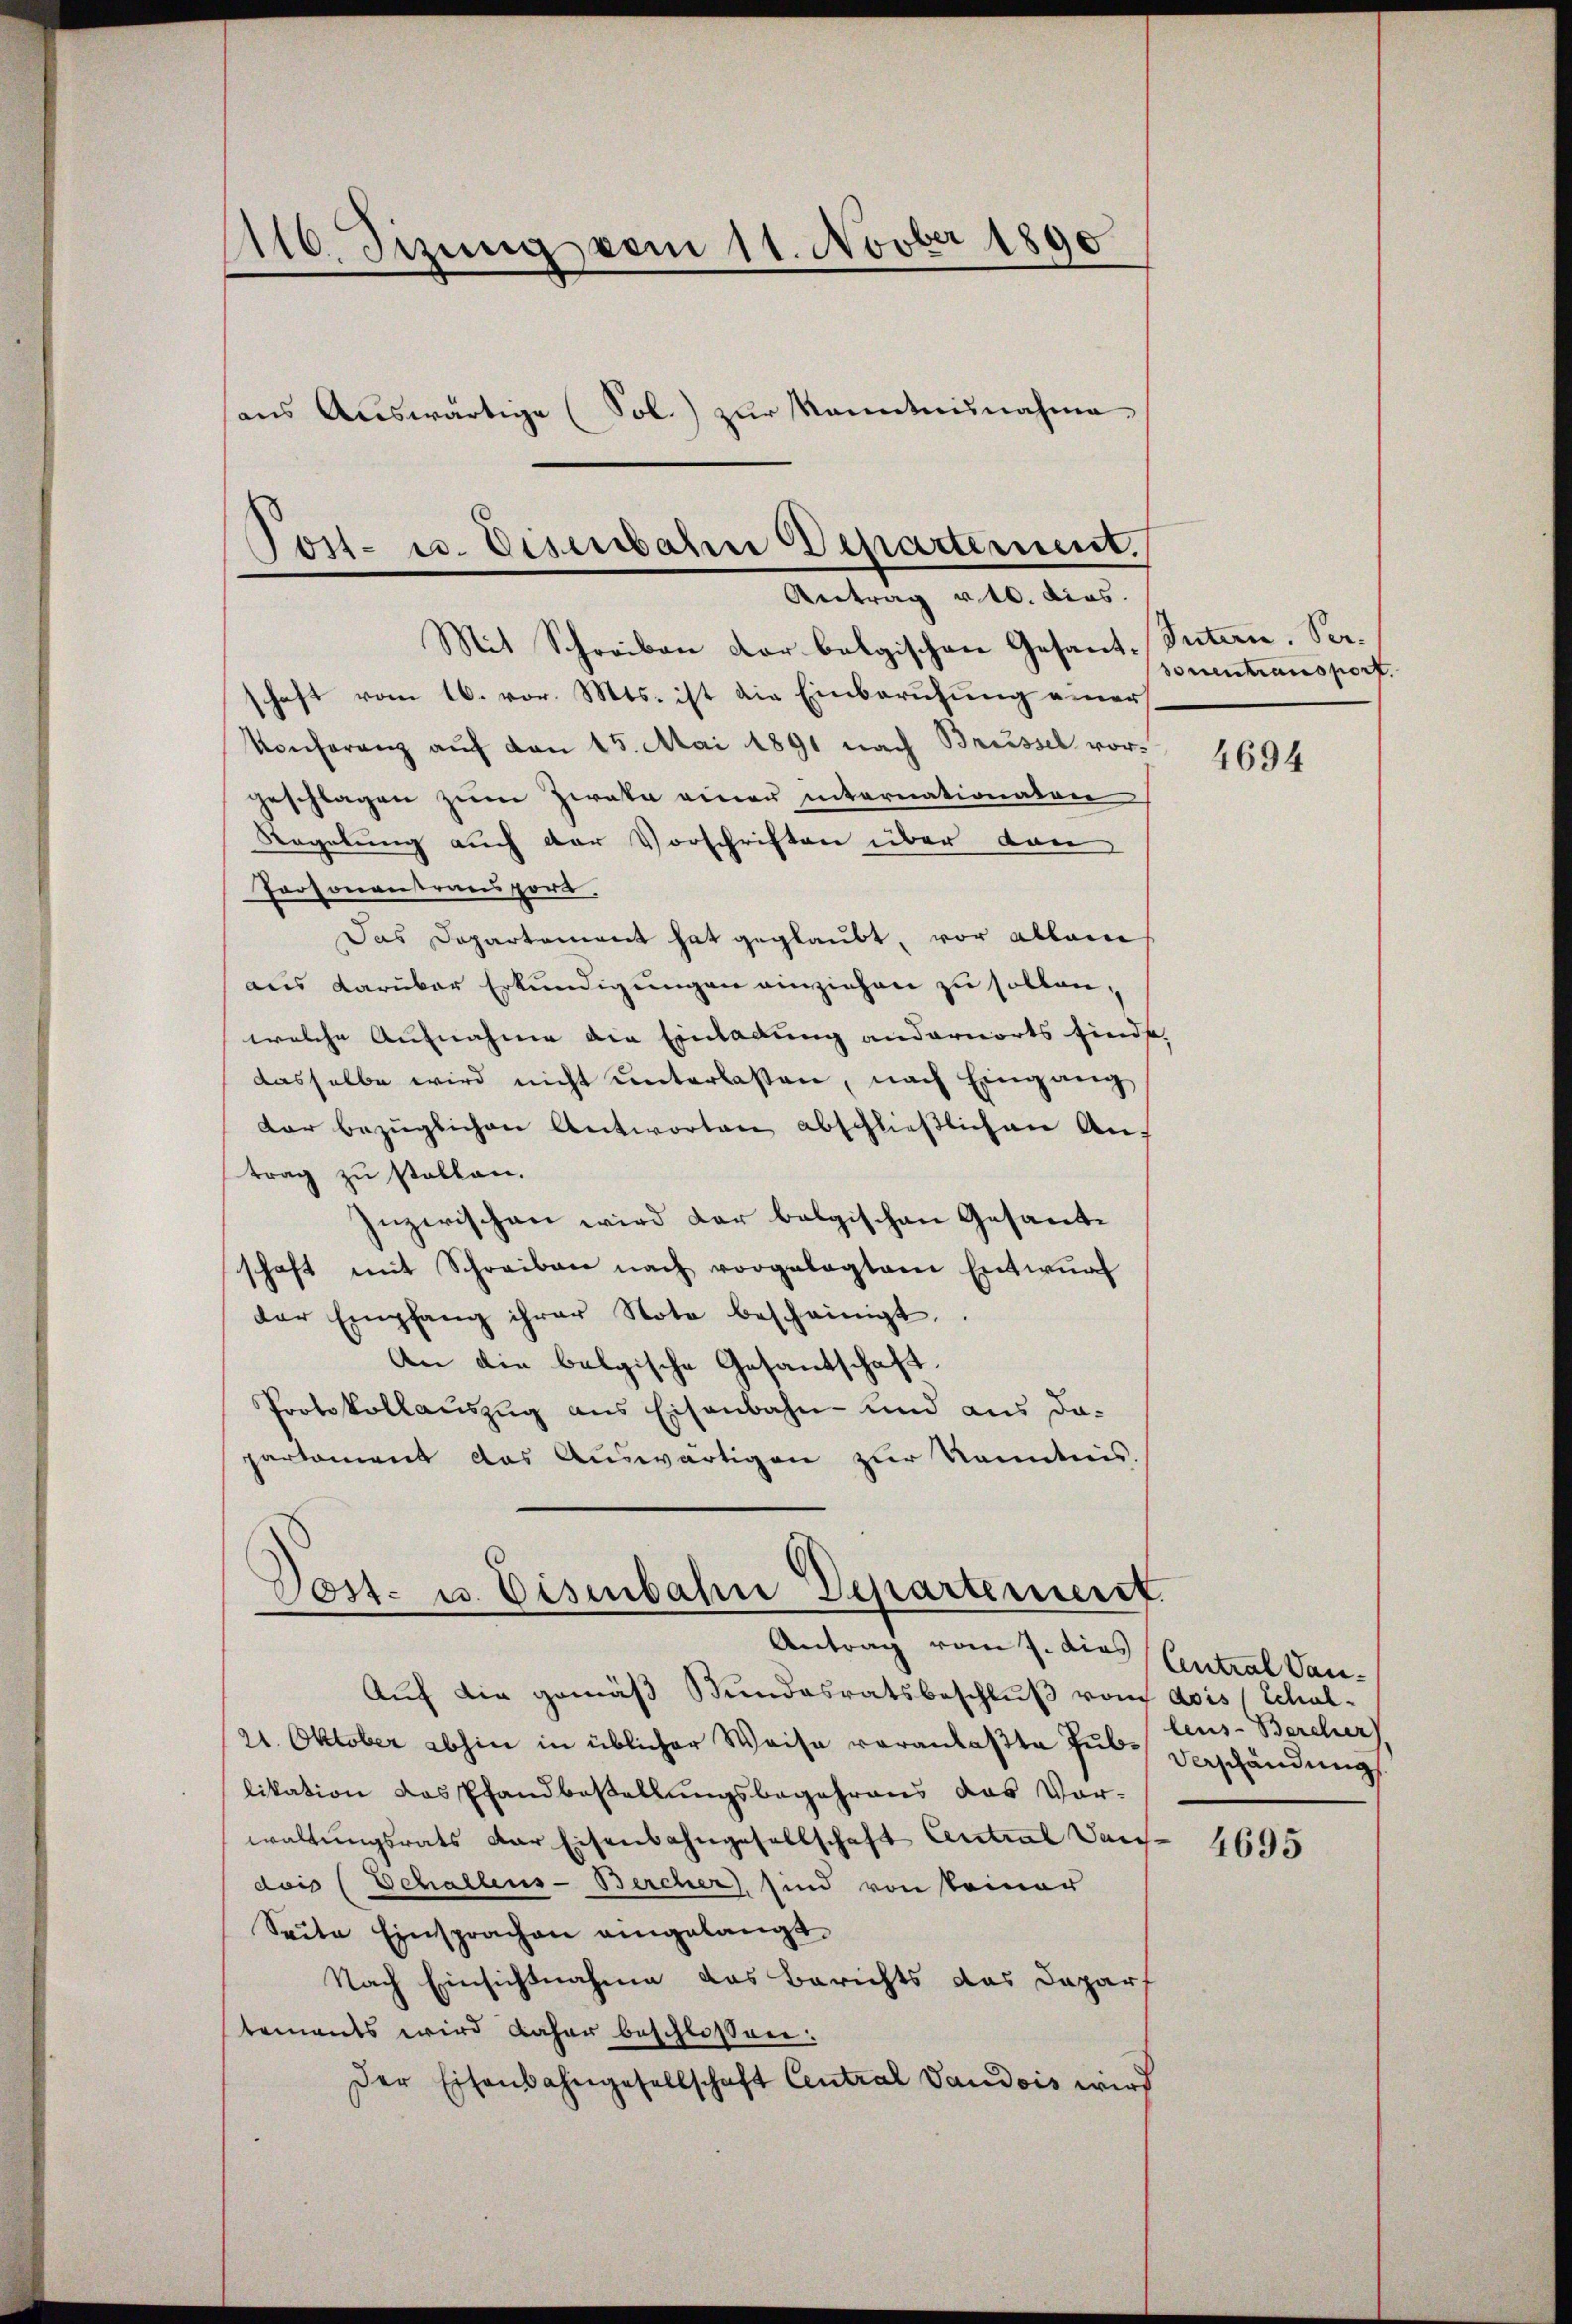
116. Jizung vom 11. Novber 1890
aus Auswärtige (Sol.) zur Kenntnisnahme

Fort- u. Disenbahn Departement.
Antrag 10. dies
Mit Schreiben der belgischen Gesant-Sutern. Ser¬

haft vom 16. vor. Mts. ist die Einberufung einer
Konferenz auf von 15. Mai 1891 nach Brüssel vorgeschlagen zum Zweke einer internationaten
Regelung auch der Vorschriften über den
Porsonentransport,
Das Departement hat geglaubt, vor allein
aus darüber Erkundigungen einziehen zu sollen,
welche Aufnahme die Einladung andernorts sind,
dasselbe wird nicht unterlassen, nach Eingang
dar bezüglichen Antworten abschließlichen Auf
trag zu stellen.
Inzwischen wird der belgischen Gesandtschaft mit Schreiben nach vorgelegtem Entwŭrf
der Empfang ihrer Note bescheinigt.
An die belgische Gesandschaft.
Protokollauszug aus Eisenbahn- und aus da-
partement das Auswärtigen zur Kenntnis.

Dost- u. Eisenbahn Departement.
Antrag vom 7. dies Central Sau¬

docentransport.

Auch die gemäß Bundesratsbeschlŭβ von avis (Schul-
21. Oktober abhin in üblicher Weise veranlaßte Jul. Beschändung
likation das Pfandbestellungsbegehrens das Vor-
waltungsrats der Eisenbahngesellschaft Antral Dans
dais (Schallens-Bercher, sind von keiner
Seite Einsprachen eingelangt.
Nach Einsichtnahme das Berichts das Daparf
tements wird daher beschlossen:
Der Eisenbahngesellschaft Central Vaudois wird

4694

leus-Bercher

4695